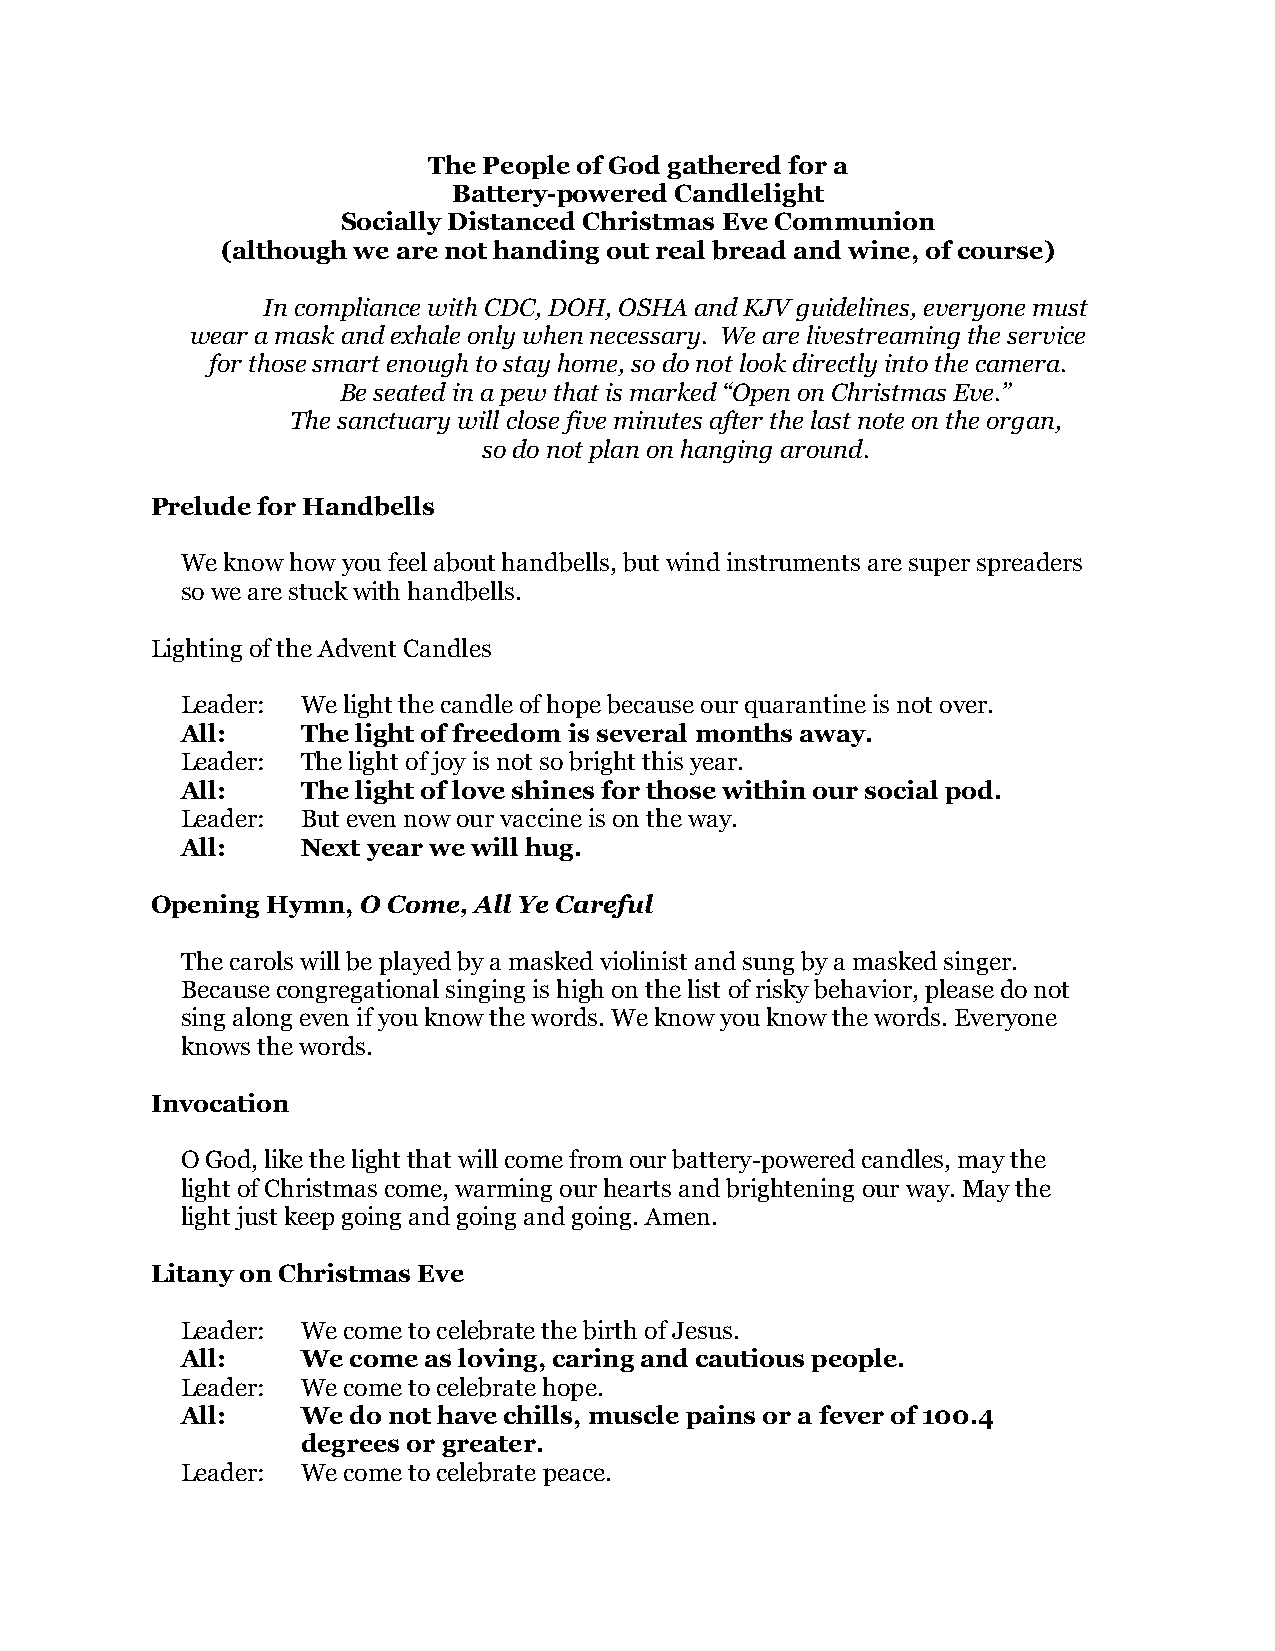
The People of God gathered for a
 Battery-powered Candlelight
 Socially Distanced Christmas Eve Communion
 (although we are not handing out real bread and wine, of course)
 In compliance with CDC, DOH, OSHA and KJV guidelines, everyone must
 wear a mask and exhale only when necessary. We are livestreaming the service
 for those smart enough to stay home, so do not look directly into the camera.
 Be seated in a pew that is marked “Open on Christmas Eve.”
 The sanctuary will close five minutes after the last note on the organ,
 so do not plan on hanging around.
 Prelude for Handbells
 We know how you feel about handbells, but wind instruments are super spreaders
 so we are stuck with handbells.
 Lighting of the Advent Candles
 Leader: We light the candle of hope because our quarantine is not over.
 All:    The light of freedom is several months away.
 Leader: The light of joy is not so bright this year.
 All:    The light of love shines for those within our social pod.
 Leader: But even now our vaccine is on the way.
 All:    Next year we will hug.
 Opening Hymn, O Come, All Ye Careful
 The carols will be played by a masked violinist and sung by a masked singer.
 Because congregational singing is high on the list of risky behavior, please do not
 sing along even if you know the words. We know you know the words. Everyone
 knows the words.
 Invocation
 O God, like the light that will come from our battery-powered candles, may the
 light of Christmas come, warming our hearts and brightening our way. May the
 light just keep going and going and going. Amen.
 Litany on Christmas Eve
 Leader: We come to celebrate the birth of Jesus.
 All:    We come as loving, caring and cautious people.
 Leader: We come to celebrate hope.
 All:    We do not have chills, muscle pains or a fever of 100.4
 degrees or greater.
 Leader: We come to celebrate peace.